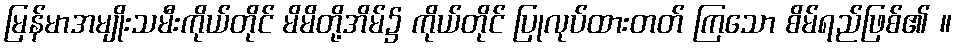
မြန်မာအမျိုးသမီးကိုယ်တိုင် မိမိတို့အိမ်၌ ကိုယ်တိုင် ပြုလုပ်ထားတတ် ကြသော စိမ်ရည်ဖြစ်၏ ။